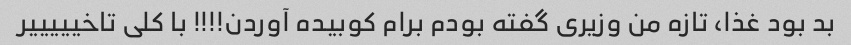
بد بود غذا، تازه من وزیری گفته بودم برام کوبیده آوردن!!!! با کلی تاخیییییر